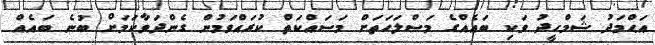
އަޙްމަދު ޝަމްހީދު ވަކި ބައެއްގެ މަސްލަހަތަށް މަސައްކަތް ކުރައްވަމުން ގެންދަވާކަމަށް ބުނެ ބައެއް